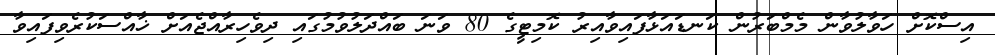
އިސްކޮށް ހަވާލުވާން މެމްބަރުން ކަނޑައަޅާފައިވާއިރު ކޮމިޓީގެ 80 ވަނަ ބައްދަލުވުމުގައި ދިވެހިރާއްޖެއަށް ޚާއްސަކުރެވިފައިވާ